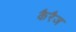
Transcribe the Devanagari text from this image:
कैरैज